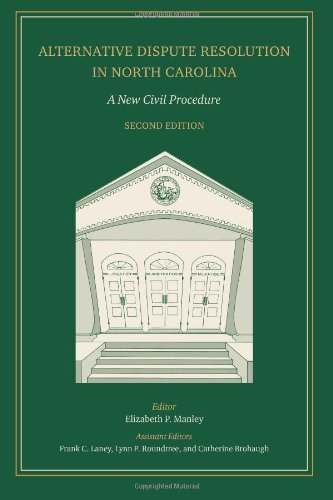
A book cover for Alternative Dispute Resolution in North Carolina: A New Civil Procedure; Elizabeth P. Manley (Editor); Law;